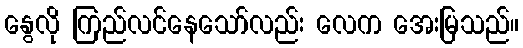
နွေလို ကြည်လင်နေသော်လည်း လေက အေးမြသည်။